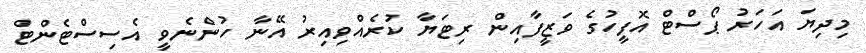
މިދިޔަ އަހަރު ޕޯސްޓް އޮފީހުގެ ވަޒީފާއިން ރިޓަޔާ ކުރެއްވިއިރު އޭނާ ހުންނެވީ އެސިސްޓެންޓް